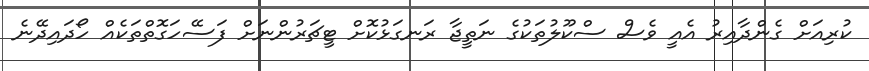
ކުރިއަށް ގެންދާއިރު އެއީ ވެސް ސްކޫލުތަކުގެ ނަތީޖާ ރަނގަޅުކޮށް ޓީޗަރުންނަށް ފަސޭހަގޮތްތަކެއް ހޯދައިދޭނެ